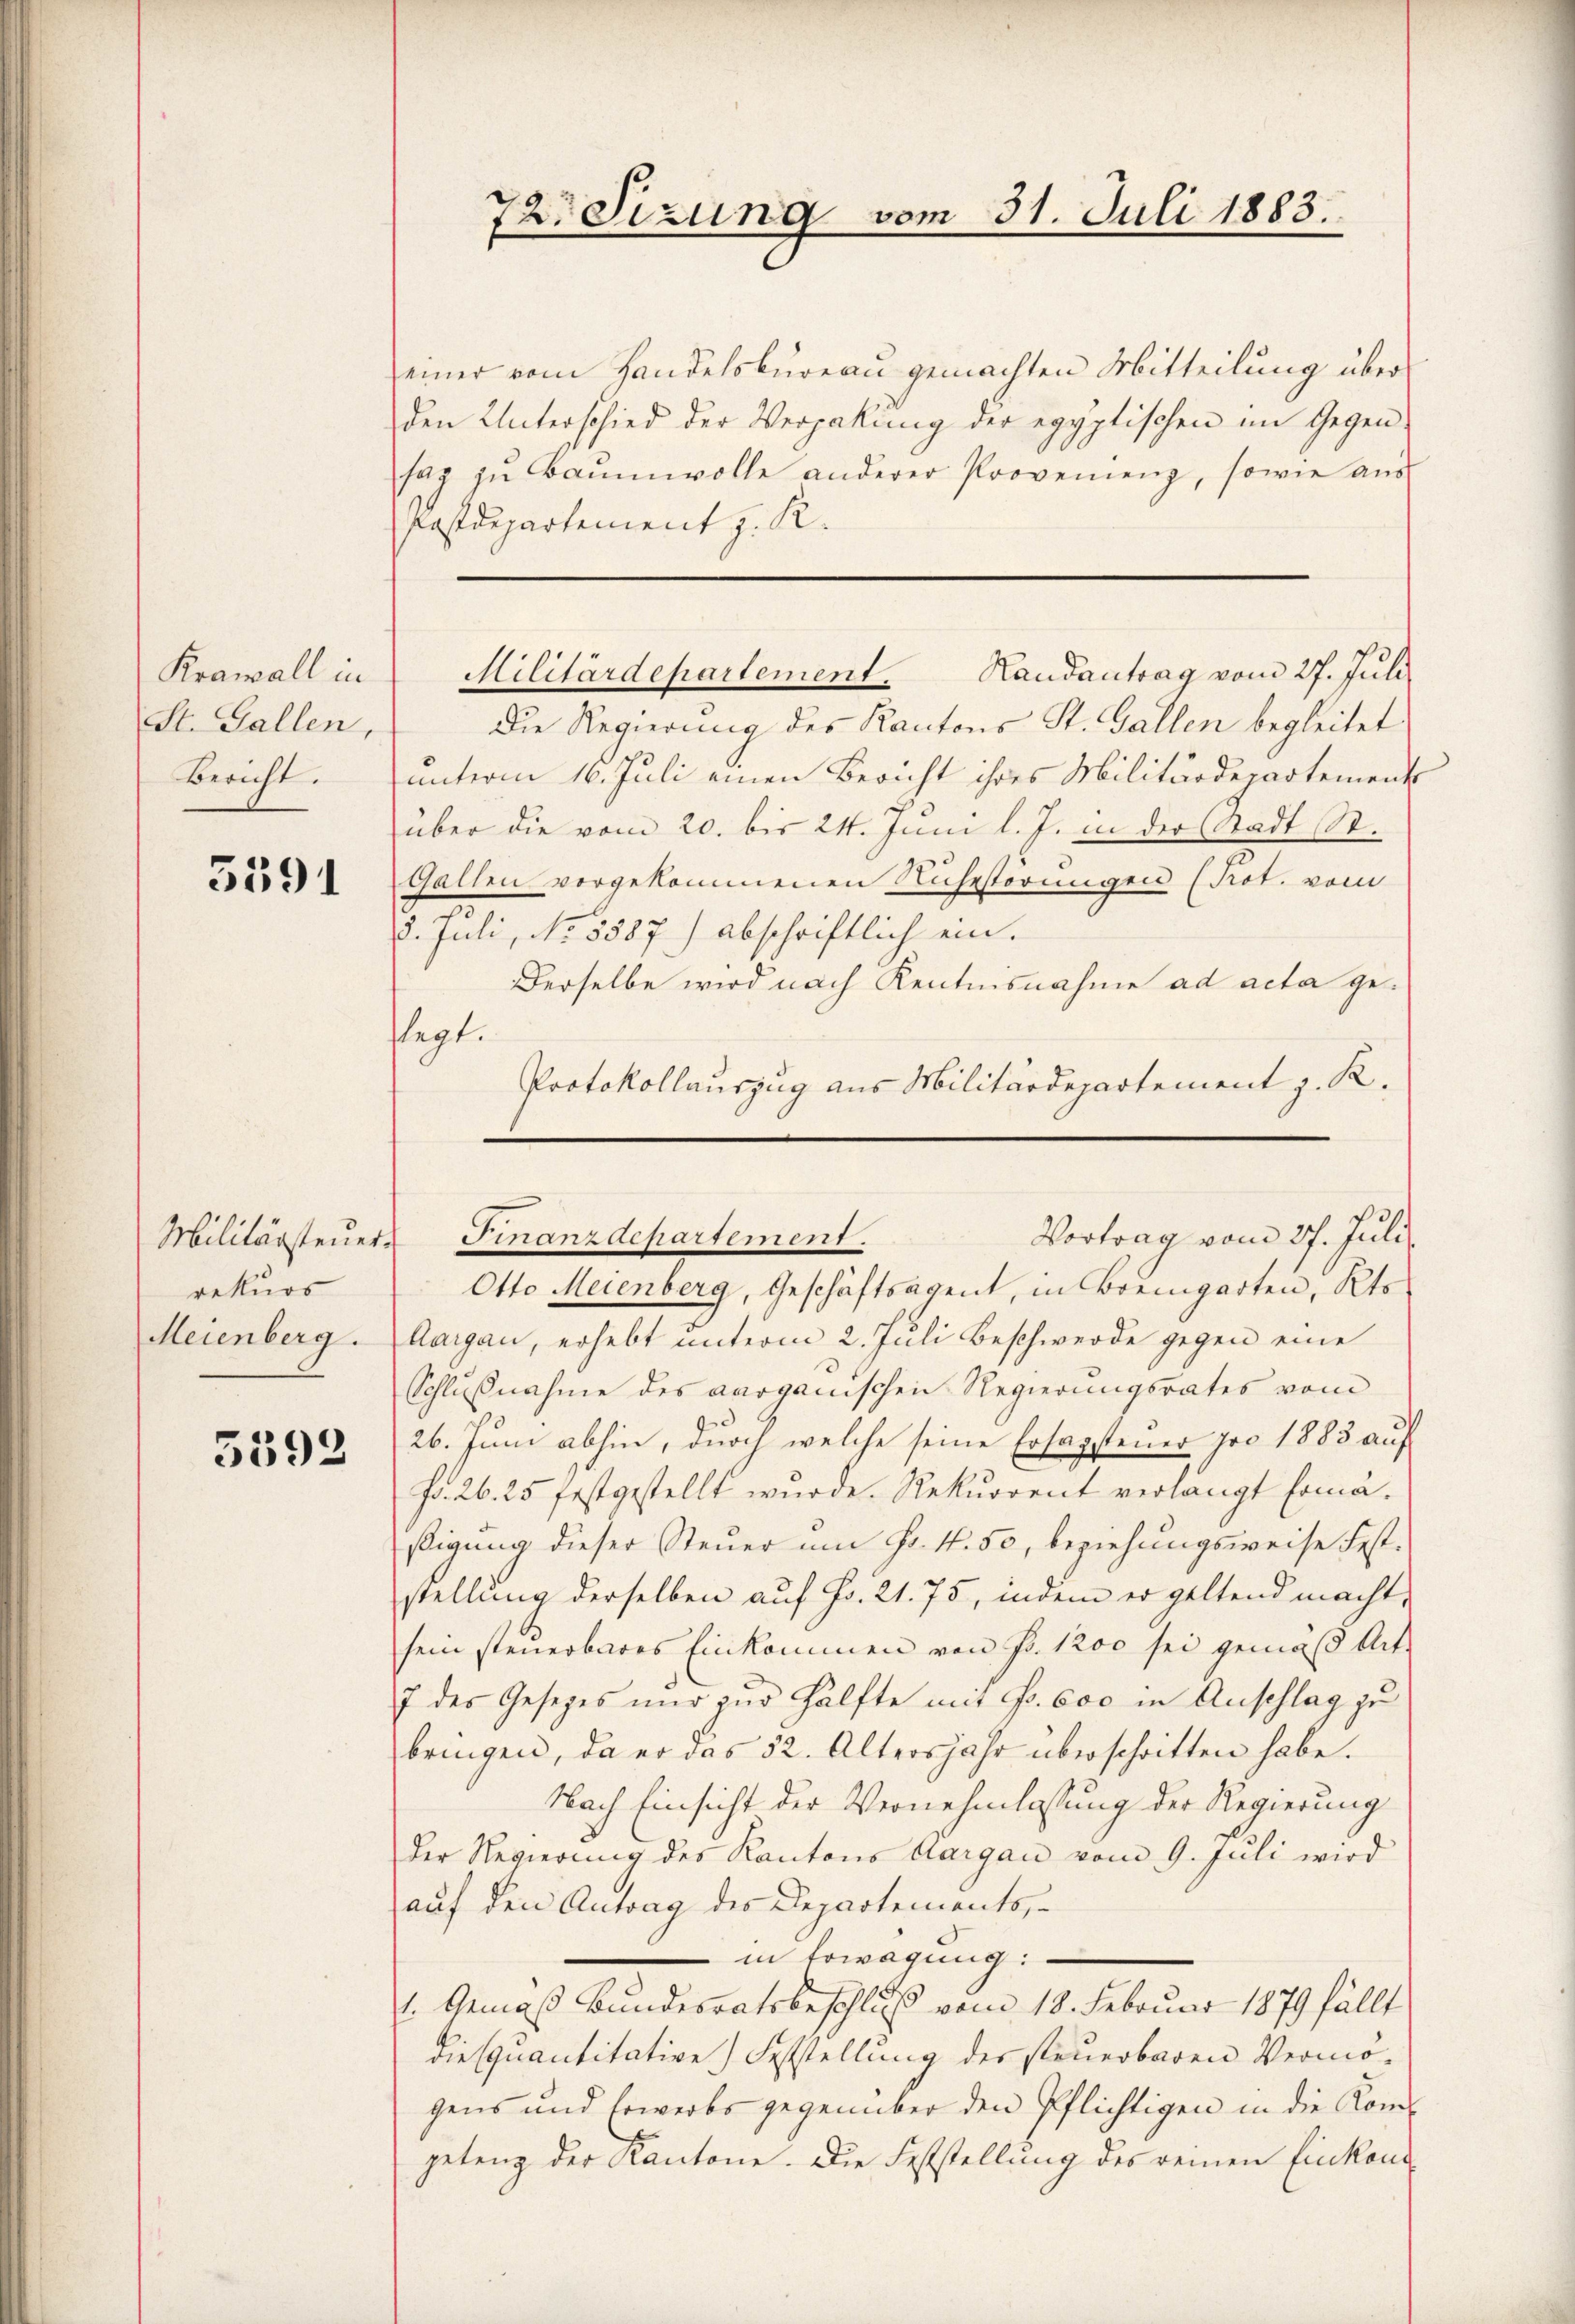
Krawall in
St. Gallen,
Bericht.

5591

rekurs
Meienberg.

5393

72. Sizung vom 31. Juli 1883.

einer vom Handelsbureau gemachten Mitteilung über
den Unterschied der Verpakung der egyptischen im Gegen
sag zŭ Baumwolle anderer Provenienz, sowie aus
Postdepartement z. R.
Die Regierung des Kantons St. Gallen begleitet
unterm 16. Juli einen Bericht ihres Militärdepartements
über die vom 20. bis 24. Juni l. J. in der Stadt St.
Gallen vorgekommenen Ruhestörungen (Kot. vom
8. Juli, No. 5587) abschriftlich ein.
Derselbe wird nach Kentnisnahme ad acta geflegt.
Protokollauszug aus Militärdepartement z. R.

Militärdepartement. Handantrag vom 27. Juli

Otto Meienberg, Geschäftsagent, in Bremgarten, Kts.
Aargau, erhebt unterm 2. Juli Beschwerde gegen eine
Schlußnahme des aarganischen Regierungsrates vom
26. Juni abhin, durch welche seine Ersagstener pro 1883 auf
fr. 26. 25 festgestellt wurde. Rekurrent verlangt somäßigung dieser Steŭer um Fr. 4. 50, beziehungsweise fest.
stellung derselben auf Fr. 21. 75, indem er geltend macht,
sein steuerbares Einkommen von Fr. 1200 sei gemäß Ant-
7 des Gesetzes nur zur Hälfte mit Fr. 600 in Anschlag zu
bringen, da er das 52. Altersjahr überschritten habe.
Nach Einsicht der Vernehmlassung der Regierung
der Regierung des Kantons Aargau vom 9. Juli wird
auf den Antrag des Departements
in Erwägung:
1. Gemäß Bundesratsbeschluß vom 18. Februar 1879 fällt
vie quantitative Feststellung der steuerbaren Vermögens und Erwerbs gegenüber den Pflichtigen in die Komis
getang der Kantone. Die Feststellung des reinen Einkom¬

Vortrag vom 27. Juli.
Militärsteuer Finanzdepartement.